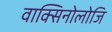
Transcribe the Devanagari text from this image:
वाक्सिनोलोजि